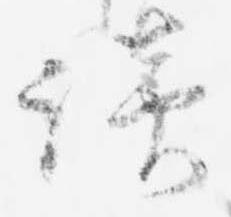
談